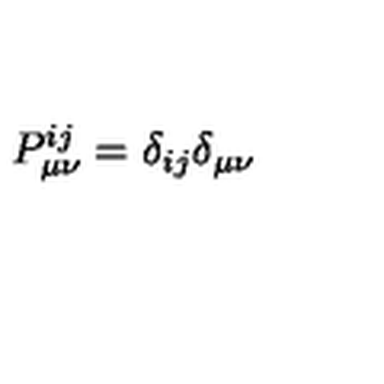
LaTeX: P _ { \mu \nu } ^ { i j } = \delta _ { i j } \delta _ { \mu \nu }